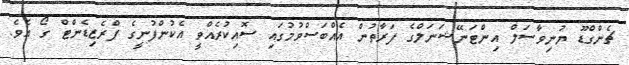
ޗެންގްޑޫ ޔުނިވާސަލް އިންޓަނޭޝަނަލްގެ ފަރާތުން އެއްބަސްވުމުގައި ސޮއިކުރެއްވީ އެކުންފުނީގެ ޕްރެޒިޑެންޓް ގޯ އެވެ.